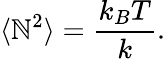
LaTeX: \langle\mathbb{N}^{2}\rangle=\frac{{k_{B}T}}{{k}}.